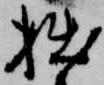
拙